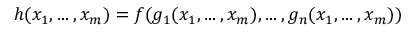
h ( x _ { 1 } , \ldots , x _ { m } ) = f ( g _ { 1 } ( x _ { 1 } , \ldots , x _ { m } ) , \ldots , g _ { n } ( x _ { 1 } , \ldots , x _ { m } ) )